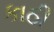
કાઠી